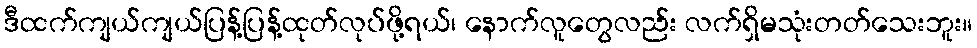
ဒီထက်ကျယ်ကျယ်ပြန့်ပြန့်ထုတ်လုပ်ဖို့ရယ်၊ နောက်လူတွေလည်း လက်ရှိမသုံးတတ်သေးဘူး။